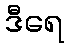
ဒီရေ